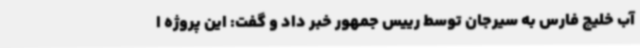
آب خلیج فارس به سیرجان توسط رییس جمهور خبر داد و گفت: این پروژه ا